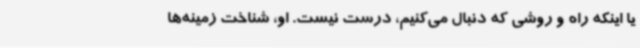
یا اینکه راه و روشی که دنبال می‌کنیم، درست نیست. او، شناخت زمینه‌ها